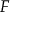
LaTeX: { \mathbf { } } F